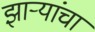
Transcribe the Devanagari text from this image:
झाऱ्यांचा